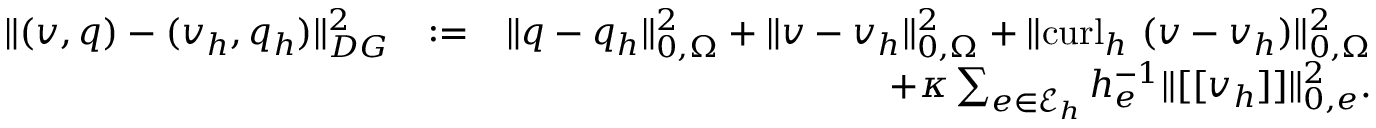
\begin{array} { r l r } { \| ( \boldsymbol { v } , q ) - ( \boldsymbol { v } _ { h } , q _ { h } ) \| _ { D G } ^ { 2 } } & { : = } & { \| { q - q _ { h } } \| _ { 0 , \Omega } ^ { 2 } + \| \boldsymbol { v } - \boldsymbol { v } _ { h } \| _ { 0 , \Omega } ^ { 2 } + \| \mathrm { c u r l } _ { h } ~ ( \boldsymbol { v } - \boldsymbol { v } _ { h } ) \| _ { 0 , \Omega } ^ { 2 } } \\ & { } & { + \kappa \sum _ { e \in \mathcal { E } _ { h } } h _ { e } ^ { - 1 } \| [ [ \boldsymbol { v } _ { h } ] ] \| _ { 0 , e } ^ { 2 } . } \end{array}